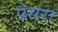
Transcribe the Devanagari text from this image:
पेसरा